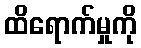
ထိရောက်မှုကို